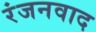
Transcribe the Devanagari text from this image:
रंजनवाद